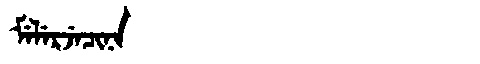
Manchu: ᠮᡝᠯᡝᡵᠵᡝᠴᡳᠨᠠ
Romanization: MELERJECINA